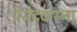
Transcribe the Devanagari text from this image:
प्रेसेटकरना